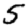
Digit: 5